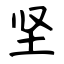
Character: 坚